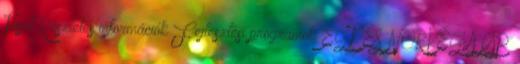
Teszt Részletes információk Fejlesztési programok EGT ÉS NORVÉG ALAP